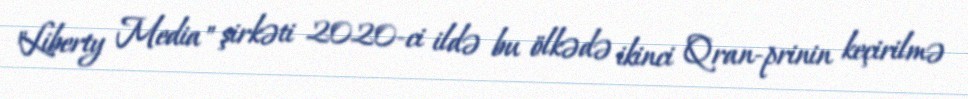
"Liberty Media" şirkəti 2020-ci ildə bu ölkədə ikinci Qran-prinin keçirilmə